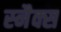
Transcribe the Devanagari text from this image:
स्‍नैक्स